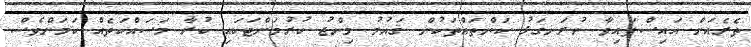
ތެރެއަށް އައިސްފައިވާ ނުރަނގަޅު ކަންތައްތަކުން ޤައުމު މިންޖު ކުރުމަށްޓަކައި ކުރާ މަސައްކަތެއް ކަމަށްވެސް